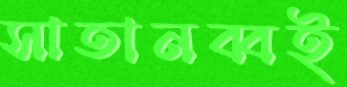
সাতানব্বই